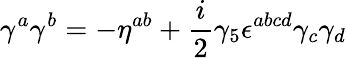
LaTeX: \gamma^{a}\gamma^{b}=-\eta^{ab}+{\frac{i}{2}}\gamma_{5}\epsilon^{abcd}\gamma_{c}\gamma_{d}